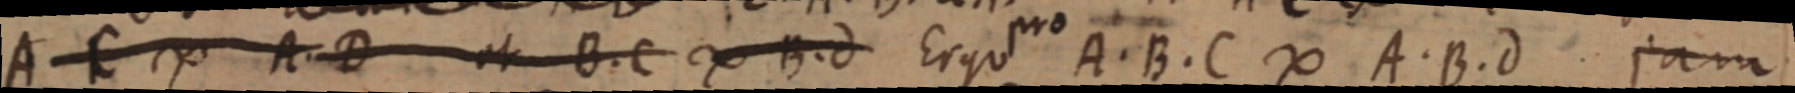
A C ∞ A. D et B. C ∞ B. d Ergo pro A. B. C ∞ A. B. d. jam